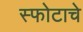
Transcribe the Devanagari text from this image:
स्फोटाचे